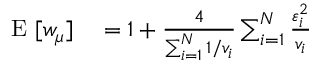
\begin{array} { r l } { \mathrm { ~ E ~ } [ w _ { \mu } ] } & { { } = 1 + \frac { 4 } { \sum _ { i = 1 } ^ { N } 1 / v _ { i } } \sum _ { i = 1 } ^ { N } \frac { \varepsilon _ { i } ^ { 2 } } { v _ { i } } } \end{array}